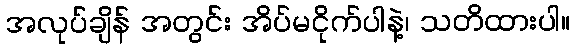
အလုပ်ချိန် အတွင်း အိပ်မငိုက်ပါနဲ့၊ သတိထားပါ။